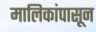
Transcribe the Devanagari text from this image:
मालिकांपासून